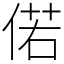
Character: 偌